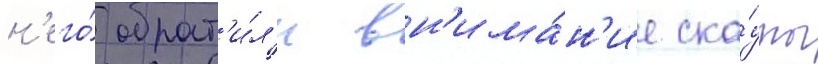
н'его́ обрат'и́л'и вн'има́н'ие ска́уты